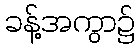
ခန့်အကွာ၌